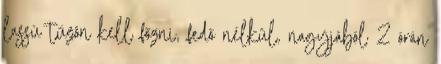
lassú tűzön kell főzni, fedő nélkül, nagyjából 2 órán